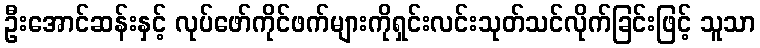
ဦးအောင်ဆန်းနှင့် လုပ်ဖော်ကိုင်ဖက်များကိုရှင်းလင်းသုတ်သင်လိုက်ခြင်းဖြင့် သူသာ